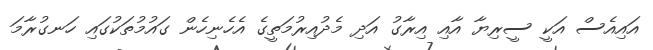
އައިއެސް އަކީ ސީރިޔާ އާއި އިރާގު އަދި މެދުއިރުމަތީގެ އެހެނިހެން ގައުމުތަކުގައި ހަނގުރާމަ